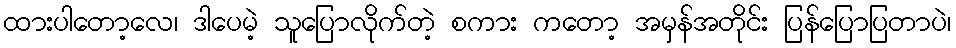
ထားပါတော့လေ၊ ဒါပေမဲ့ သူပြောလိုက်တဲ့ စကား ကတော့ အမှန်အတိုင်း ပြန်ပြောပြတာပဲ၊